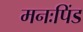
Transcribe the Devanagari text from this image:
मनःपिंड